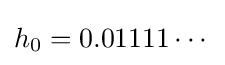
h_{0}=0.01111\cdots